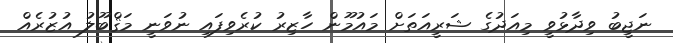
ނަޖީބު ވިދާޅުވީ މިއަދުގެ ޝަރީއަތަށް މައުމޫން ހާޒިރު ކުރެވިފައި ނުވަނީ މަޤްބޫލު އުޒުރެއް